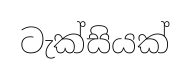
ටැක්සියක්